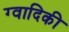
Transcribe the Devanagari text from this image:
ग्वादिकी